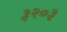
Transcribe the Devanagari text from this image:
३२०३